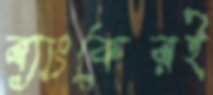
ব্যাংকেরই